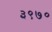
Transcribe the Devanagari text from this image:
३९७०